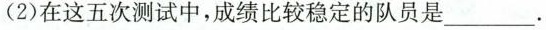
(2)在这五次测试中，成绩比较稳定的队员是___